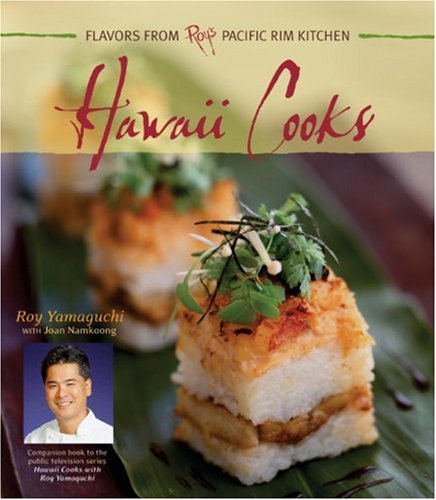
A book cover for Hawaii Cooks: Flavors from Roy's Pacific Rim Kitchen; Roy Yamaguchi; Cookbooks, Food & Wine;